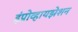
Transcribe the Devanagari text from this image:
इंप्रोव्हायझेशन